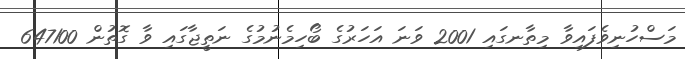
މަސްހުނިވެފައިވާ މިތާނގައި 2001 ވަނަ އަހަރުގެ ބޯހިމެނުމުގެ ނަތީޖާގައި ވާ ގޮތުން 647100